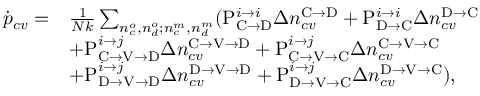
\begin{array} { r l } { \dot { p } _ { c v } = } & { \frac { 1 } { N k } \sum _ { n _ { c } ^ { o } , n _ { d } ^ { o } ; n _ { c } ^ { m } , n _ { d } ^ { m } } ( \mathrm { P } _ { \mathrm { C } \rightarrow \mathrm { D } } ^ { i \rightarrow i } \Delta n _ { c v } ^ { \mathrm { C } \rightarrow \mathrm { D } } + \mathrm { P } _ { \mathrm { D } \rightarrow \mathrm { C } } ^ { i \rightarrow i } \Delta n _ { c v } ^ { \mathrm { D } \rightarrow \mathrm { C } } } \\ & { + \mathrm { P } _ { \mathrm { C } \rightarrow \mathrm { V } \rightarrow \mathrm { D } } ^ { i \rightarrow j } \Delta n _ { c v } ^ { \mathrm { C } \rightarrow \mathrm { V } \rightarrow \mathrm { D } } + \mathrm { P } _ { \mathrm { C } \rightarrow \mathrm { V } \rightarrow \mathrm { C } } ^ { i \rightarrow j } \Delta n _ { c v } ^ { \mathrm { C } \rightarrow \mathrm { V } \rightarrow \mathrm { C } } } \\ & { + \mathrm { P } _ { \mathrm { D } \rightarrow \mathrm { V } \rightarrow \mathrm { D } } ^ { i \rightarrow j } \Delta n _ { c v } ^ { \mathrm { D } \rightarrow \mathrm { V } \rightarrow \mathrm { D } } + \mathrm { P } _ { \mathrm { D } \rightarrow \mathrm { V } \rightarrow \mathrm { C } } ^ { i \rightarrow j } \Delta n _ { c v } ^ { \mathrm { D } \rightarrow \mathrm { V } \rightarrow \mathrm { C } } ) , } \end{array}